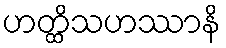
ဟတ္ထိသဟဿာနိ